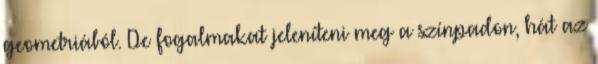
geometriából. De fogalmakat jeleníteni meg a színpadon, hát az